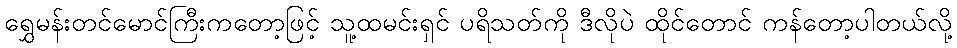
ရွှေမန်းတင်မောင်ကြီးကတော့ဖြင့် သူ့ထမင်းရှင် ပရိသတ်ကို ဒီလိုပဲ ထိုင်တောင် ကန်တော့ပါတယ်လို့